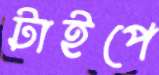
টাইপে